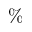
\%